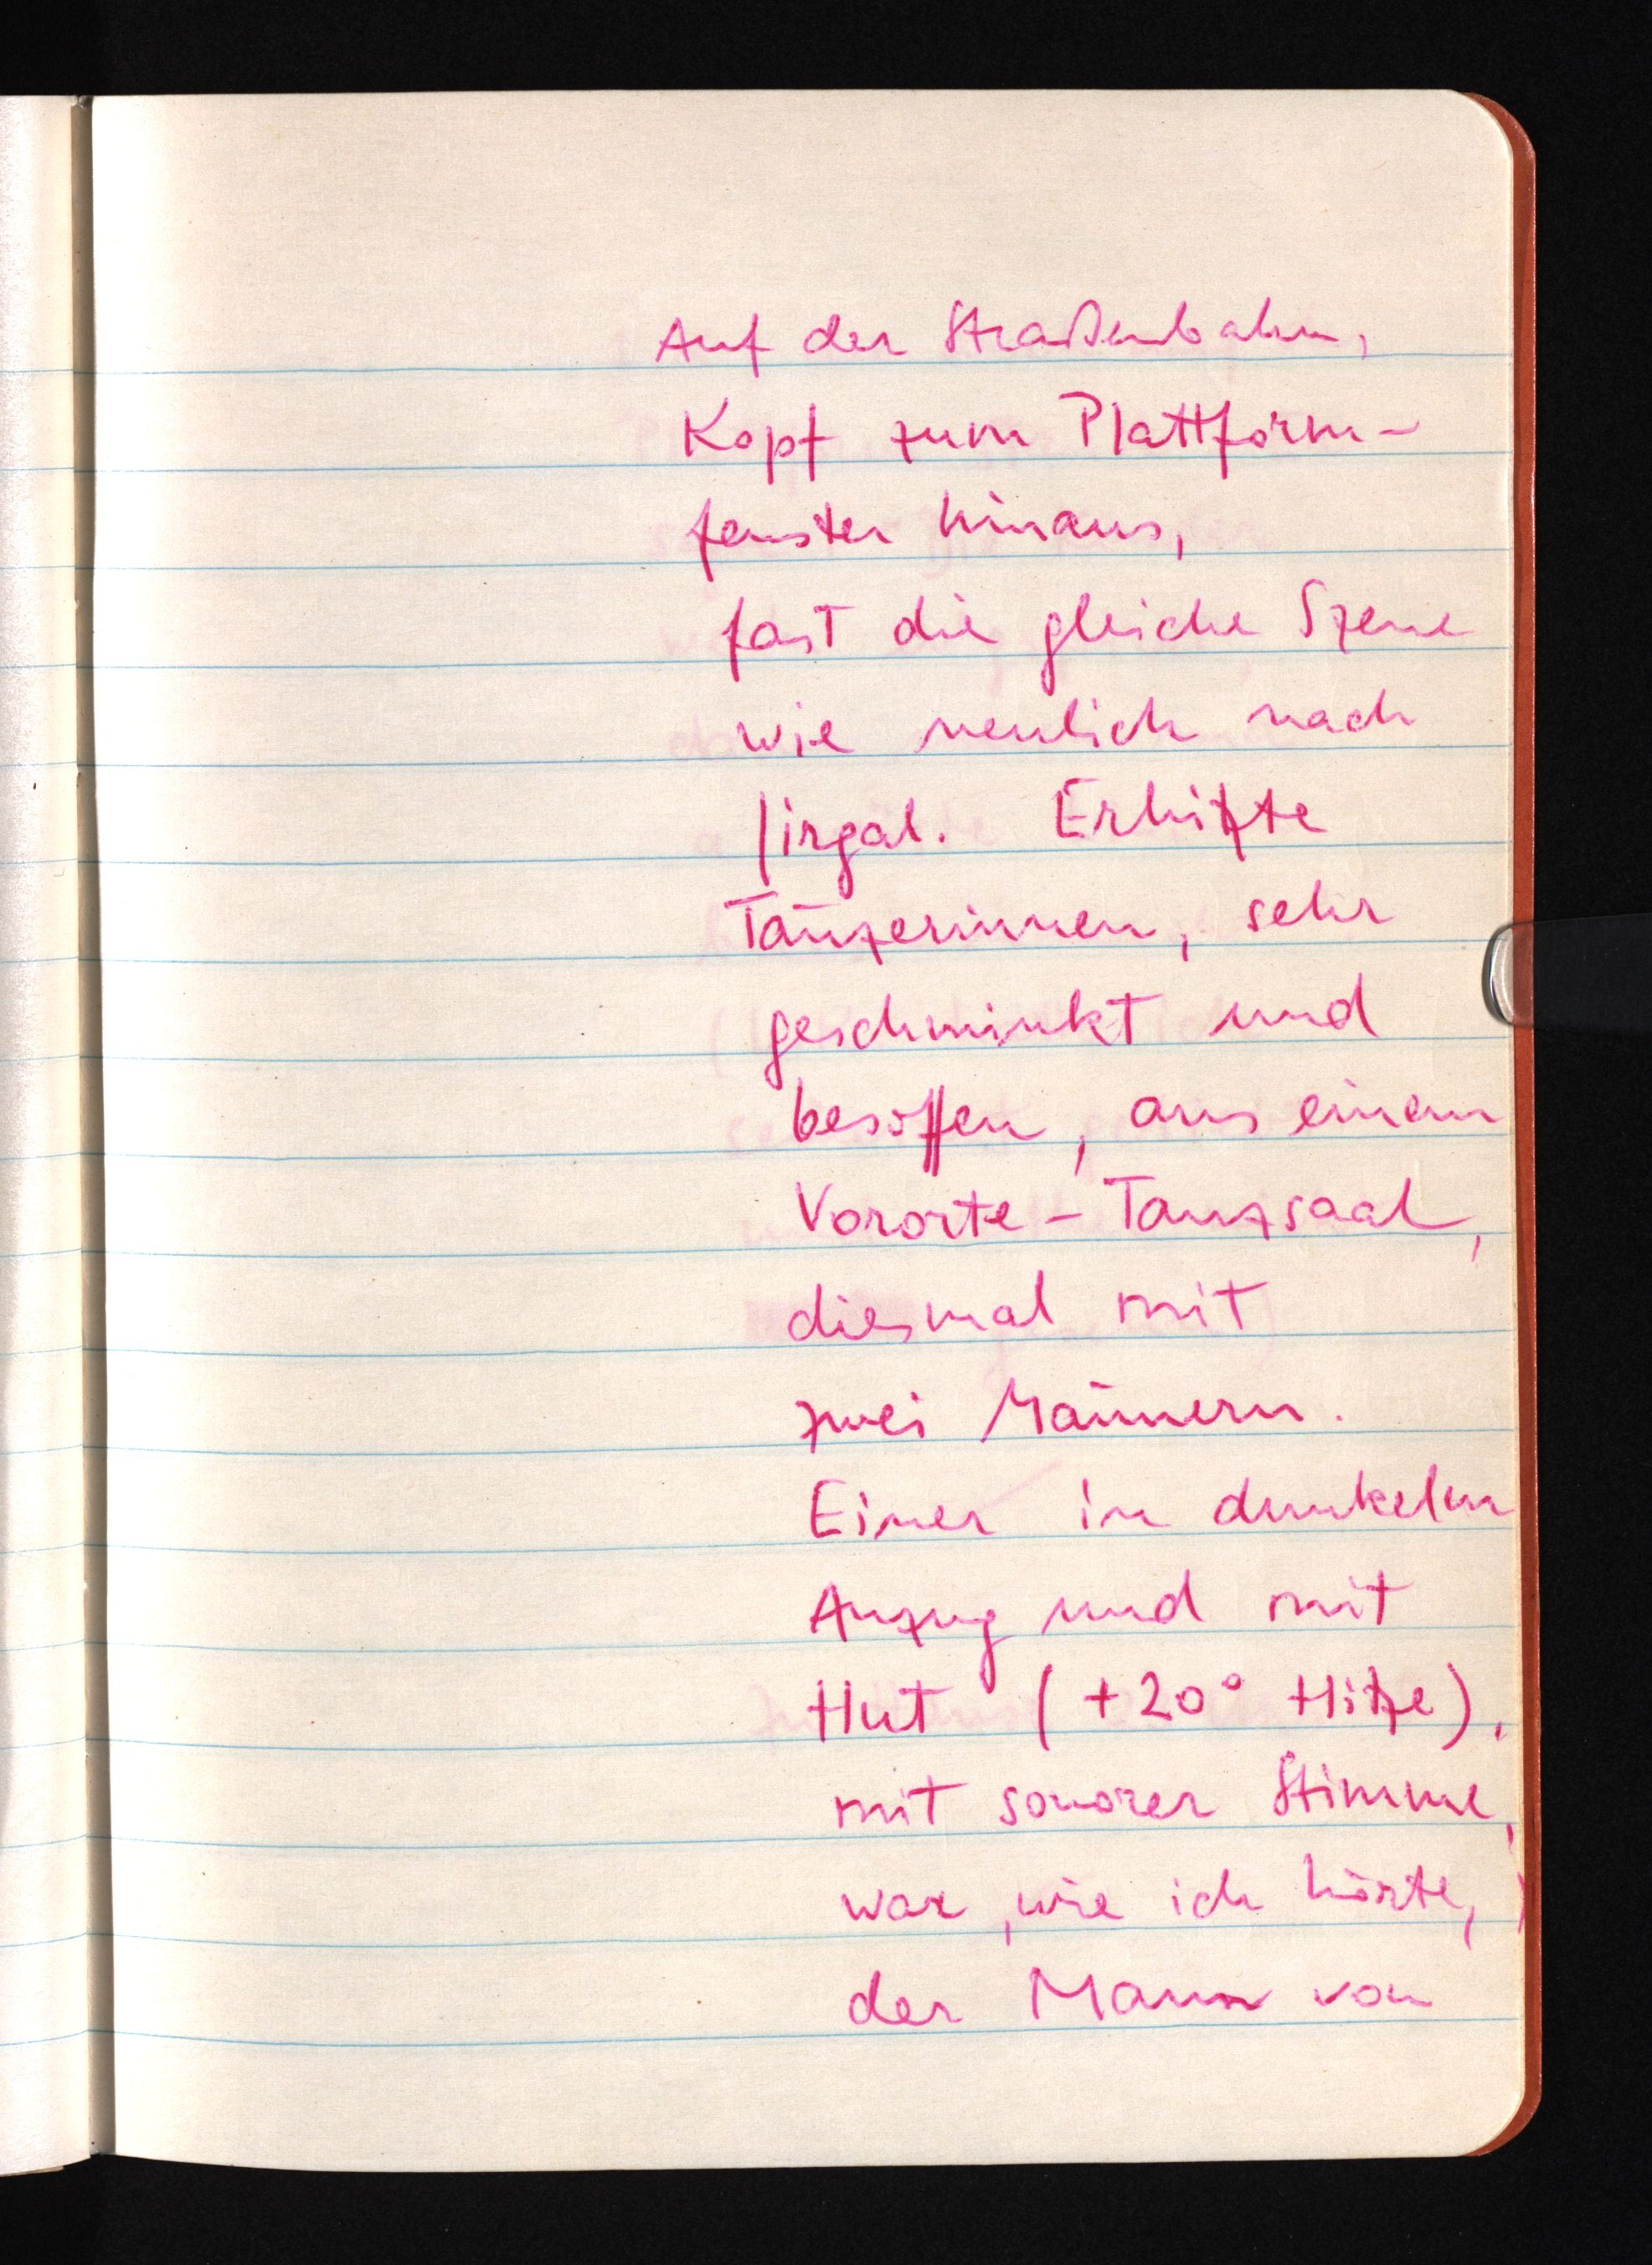
Auf der Straßenbahn,
Kopf zum Plattform¬
fenster hinaus,
fast die gleiche Szene
wie neulich nach
Jirgal. Erhitzte
Tänzerinnen, sehr
geschminkt und
besoffen, aus einem
Vororte-Tanzsaal,
diesmal mit
zwei Männern.
Einer in dunkelm
Anzug und mit
Hut (+20° Hitze),
mit sonorer Stimme,
war, wie ich hörte,
der Mann von